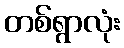
တစ်ရွာလုံး